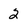
Character: 2